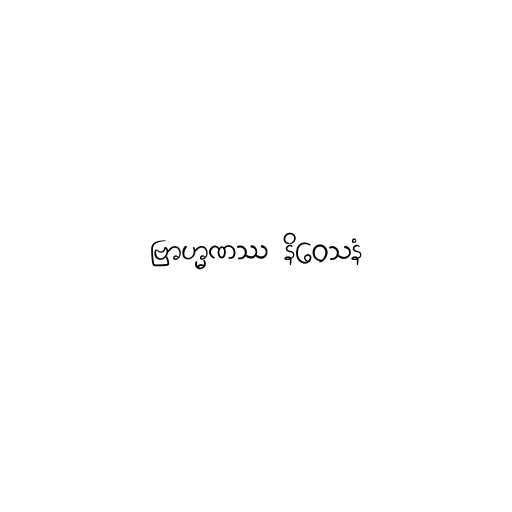
ဗြာဟ္မဏဿ နိဝေသနံ